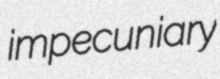
impecuniary